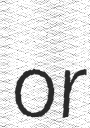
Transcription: or